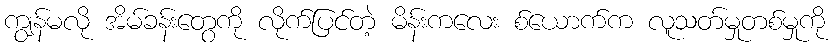
ကျွန်မလို အိမ်ခန်းတွေကို လိုက်ပြင်တဲ့ မိန်းကလေး စ်ယောက်က လူသတ်မှုတစ်မှုကို